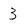
Character: 3